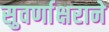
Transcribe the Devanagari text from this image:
सुवर्णाक्षराने